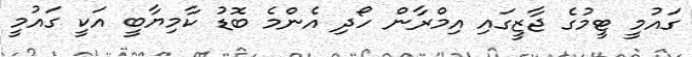
ގައުމީ ޓީމުގެ ޖާޒީގައި އިމްރާން ހޯދި އެންމެ ބޮޑު ކާމިޔާބީ އަކީ ގައުމީ